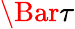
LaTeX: \Bar{\tau}